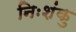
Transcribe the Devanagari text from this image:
निःशंकु